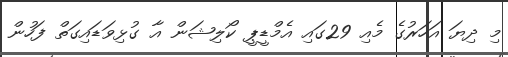
މި ދިޔަ އަހަރުގެ މެއި 29ގައި އެމްޑީޕީ ކޯލިޝަން އާ ގުޅިވަޑައިގަތް ފަހުން